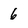
Character: 6